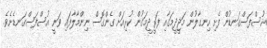
އުސްފަސްގަނޑުން ފެށި ހިނގާލުން މަޖީދީމަގާއި ފަރީދީމަގުން ކުރިއަށް ގެންގޮސް ނިންމާލާފައި ވަނީ އުސްފަސްގަނޑެށެވެ.